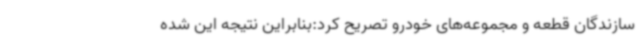
سازندگان قطعه و مجموعه‌های خودرو تصریح کرد:بنابراین نتیجه این شده